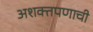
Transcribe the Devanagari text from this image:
अशक्तपणाची